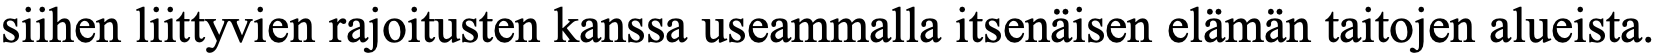
siihen liittyvien rajoitusten kanssa useammalla itsenäisen elämän taitojen alueista.